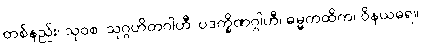
တစ်နည်း၊ သုဝစ၊ သုဂ္ဂဟိတဂါဟီ၊ ပဒက္ခိဏဂ္ဂါဟီ၊ ဓမ္မကထိက၊ ဝိနယဓရ။